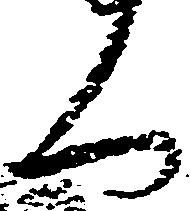
く